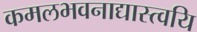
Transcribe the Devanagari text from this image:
कमलभवनाद्यास्त्वयि